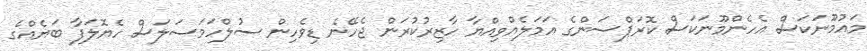
މައުމޫނަކަސް އެހެންމޫނަކަސް ކޮރަޕްސަންގެ އަމަލެއްވިއްޔާ ހާޒިރުކުރަން ޖެހޭނެ ޑިވެހިން ސުލްހަމަސަލަސް ހެޔޮލަފާ ބަޔެއްގެ